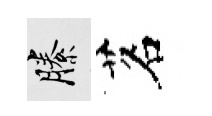
縢茗